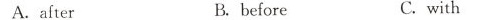
A.after B.before C.with